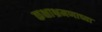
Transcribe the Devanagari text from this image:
कक्षाभ्रमणाच्या